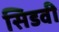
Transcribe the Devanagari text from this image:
सिडवी